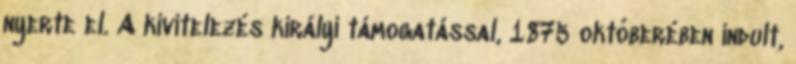
nyerte el. A kivitelezés királyi támogatással, 1875 októberében indult,